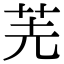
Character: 𠒌